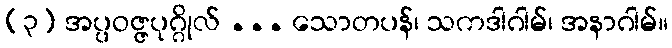
(၃) အပ္ပဝဇ္ဇပုဂ္ဂိုလ် ... သောတပန်၊ သကဒါဂါမ်၊ အနာဂါမ်။